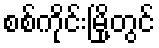
စစ်ကိုင်းမြို့တွင်